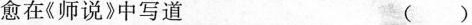
愈在《师说》中写道 ()